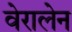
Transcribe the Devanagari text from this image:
वेरालेन